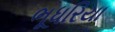
ભૂધરિયા